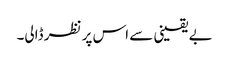
بے یقینی سے اس پر نظر ڈالی۔